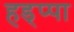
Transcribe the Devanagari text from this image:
हड्प्पा